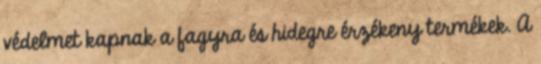
védelmet kapnak a fagyra és hidegre érzékeny termékek. A